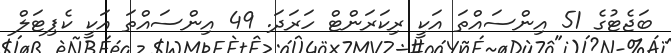
ބަޖެޓުގެ 51 އިންސައްތަ އަކީ ރިކަރަންޓް ހަރަދަ. 49 އިންސައްތަ އަކީ ކެޕިޓަލް